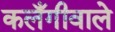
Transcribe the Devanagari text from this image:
कलँगीवाले